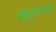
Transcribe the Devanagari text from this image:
रसूलुल्‍लाह